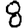
Digit: 8